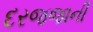
દરજજાની